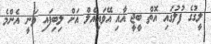
ލީގުގެ ފުލުގައި އޮތް ބީޖީ އާއި އޭވައިއެލް އަށް ލިބިފައި ވަނީ އެންމެ